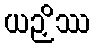
ယဉှိဿ